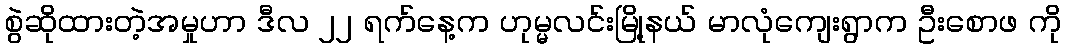
စွဲဆိုထားတဲ့အမှုဟာ ဒီလ ၂၂ ရက်နေ့က ဟုမ္မလင်းမြို့နယ် မာလုံကျေးရွာက ဦးစောဖ ကို